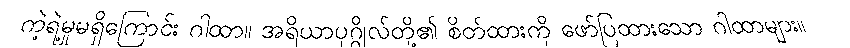
ကဲ့ရဲ့မှုမရှိကြောင်း ဂါထာ။ အရိယာပုဂ္ဂိုလ်တို့၏ စိတ်ထားကို ဖော်ပြထားသော ဂါထာများ။